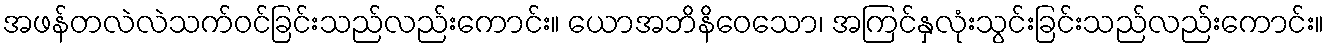
အဖန်တလဲလဲသက်ဝင်ခြင်းသည်လည်းကောင်း။ ယောအဘိနိဝေသော၊ အကြင်နှလုံးသွင်းခြင်းသည်လည်းကောင်း။